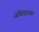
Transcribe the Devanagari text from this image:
जीवधारणा